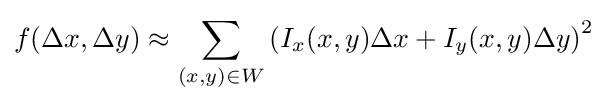
f(\Delta x,\Delta y)\approx {\underset {(x,y)\in W}{\sum }}\left(I_{x}(x,y)\Delta x+I_{y}(x,y)\Delta y\right)^{2}